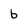
Character: b